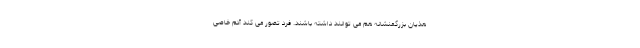
هذیان بزرگمنشانه هم می توانند داشته باشند. فرد تصور می کند آدم خاصی